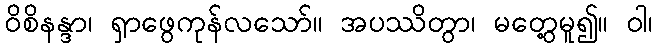
ဝိစိနန္ဒာ၊ ရှာဖွေကုန်လသော်။ အပဿိတွာ၊ မတွေ့မူ၍။ ဝါ၊